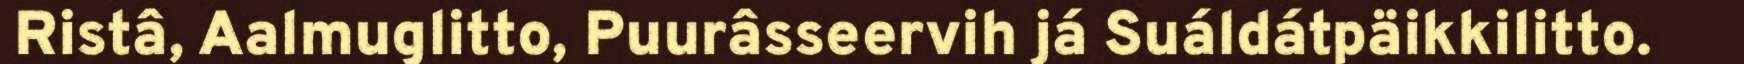
Ristâ, Aalmuglitto, Puurâsseervih já Suáldátpäikkilitto.